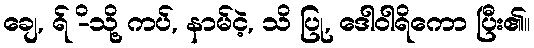
ချေ, ရ် -ိသို့ ကပ်, နာမ်ငဲ့, သိ ပြု, ဒေါဝါရိကော ပြီး၏။